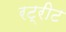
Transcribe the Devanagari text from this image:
रट्रीट